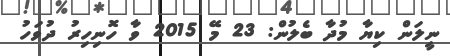
ނީލަން ކިޔާ މުދާ ބެލުން: 23 މޭ 2015 ވާ ހޮނިހިރު ދުވަހު